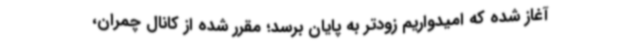
آغاز شده که امیدواریم زودتر به پایان برسد؛ مقرر شده از کانال چمران،